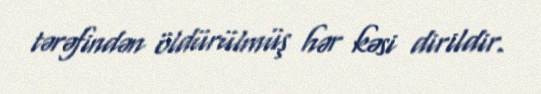
tərəfindən öldürülmüş hər kəsi dirildir.